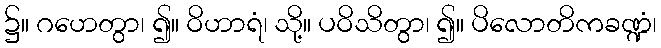
၌။ ဂဟေတွာ၊ ၍။ ဝိဟာရံ၊ သို့။ ပဝိသိတွာ၊ ၍။ ပိလောတိကခဏ္ဍံ၊